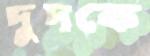
দুদকে